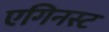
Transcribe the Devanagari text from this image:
एगिनस्ट